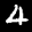
Label: 4